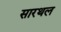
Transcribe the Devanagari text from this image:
सारथल